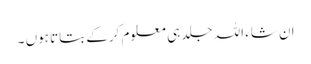
ان شاء اللہ جلد ہی معلوم کرکے بتاتا ہوں ۔